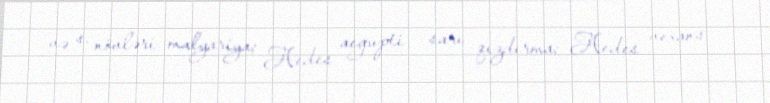
və s. növləri malyariya; Aedes aegupti - sarı qızdırma; Aedes vexans -